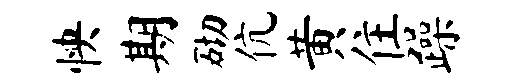
怏期砌伉黄住躁